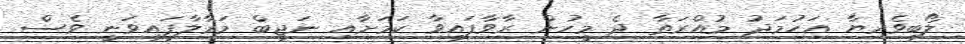
ލޯބިވެރިޔާ އަހުމަދު މުއްރަތާ ދެ މީހުން ރާވާފައިވާ ކަމަށާއި ނަޖީބް މަރާލާފައިވަނީ ވެސް